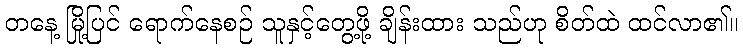
တနေ့ မြို့ပြင် ရောက်နေစဉ် သူနှင့်တွေ့ဖို့ ချိန်းထား သည်ဟု စိတ်ထဲ ထင်လာ၏။